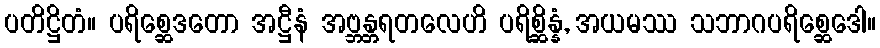
ပတိဋ္ဌိတံ။ ပရိစ္ဆေဒတော အဋ္ဌီနံ အဗ္ဘန္တရတလေဟိ ပရိစ္ဆိန္နံ, အယမဿ သဘာဂပရိစ္ဆေဒေါ။